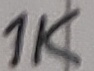
Text: 1K